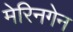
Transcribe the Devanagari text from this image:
मेरिनगेन